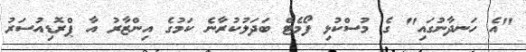
"އެ ހަނދާނުގައި" ގެ މުސްކުޅި ފޯމެޓް ބަދަލުކުރާނެ ކަމުގެ އިންޒާރު އާ ޕްރޮޑިއުސަރު